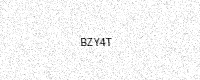
Text: BZY4T